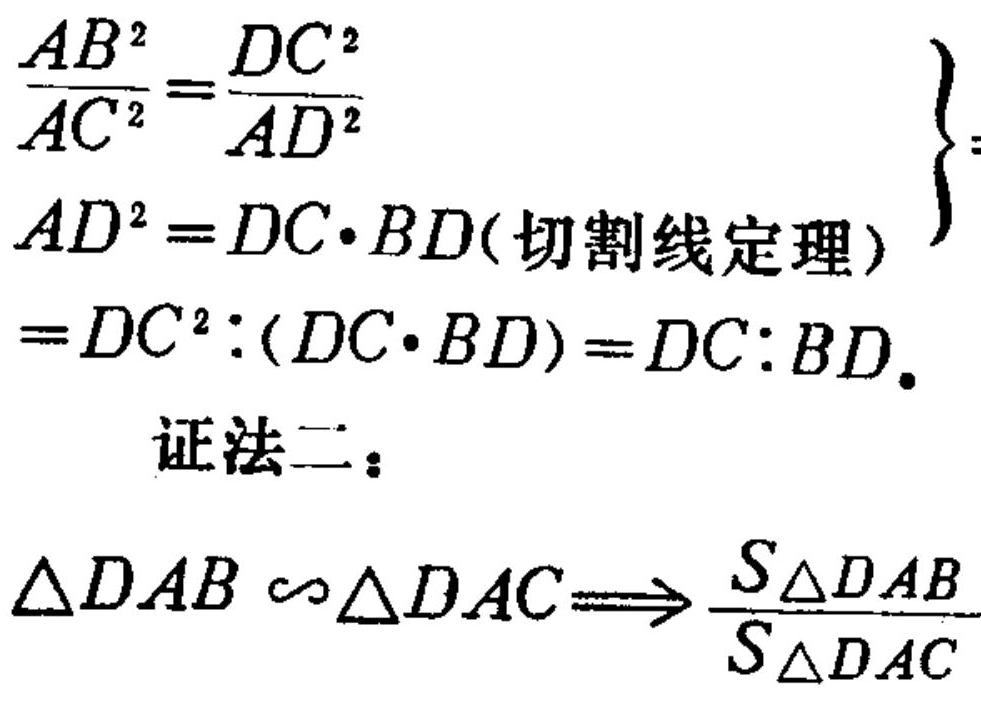
\[
\begin{align*}
&\left.\begin{array}{l}
\frac{AB^{2}}{AC^{2}}=\frac{DC^{2}}{AD^{2}}\\
AD^{2}=DC\cdot BD(\text{切割线定理})
\end{array}\right\}\\
&=DC^{2}:(DC\cdot BD)=DC:BD.
\end{align*}
\]
证法二：
\(\triangle DAB\sim\triangle DAC\Longrightarrow\frac{S_{\triangle DAB}}{S_{\triangle DAC}}\)